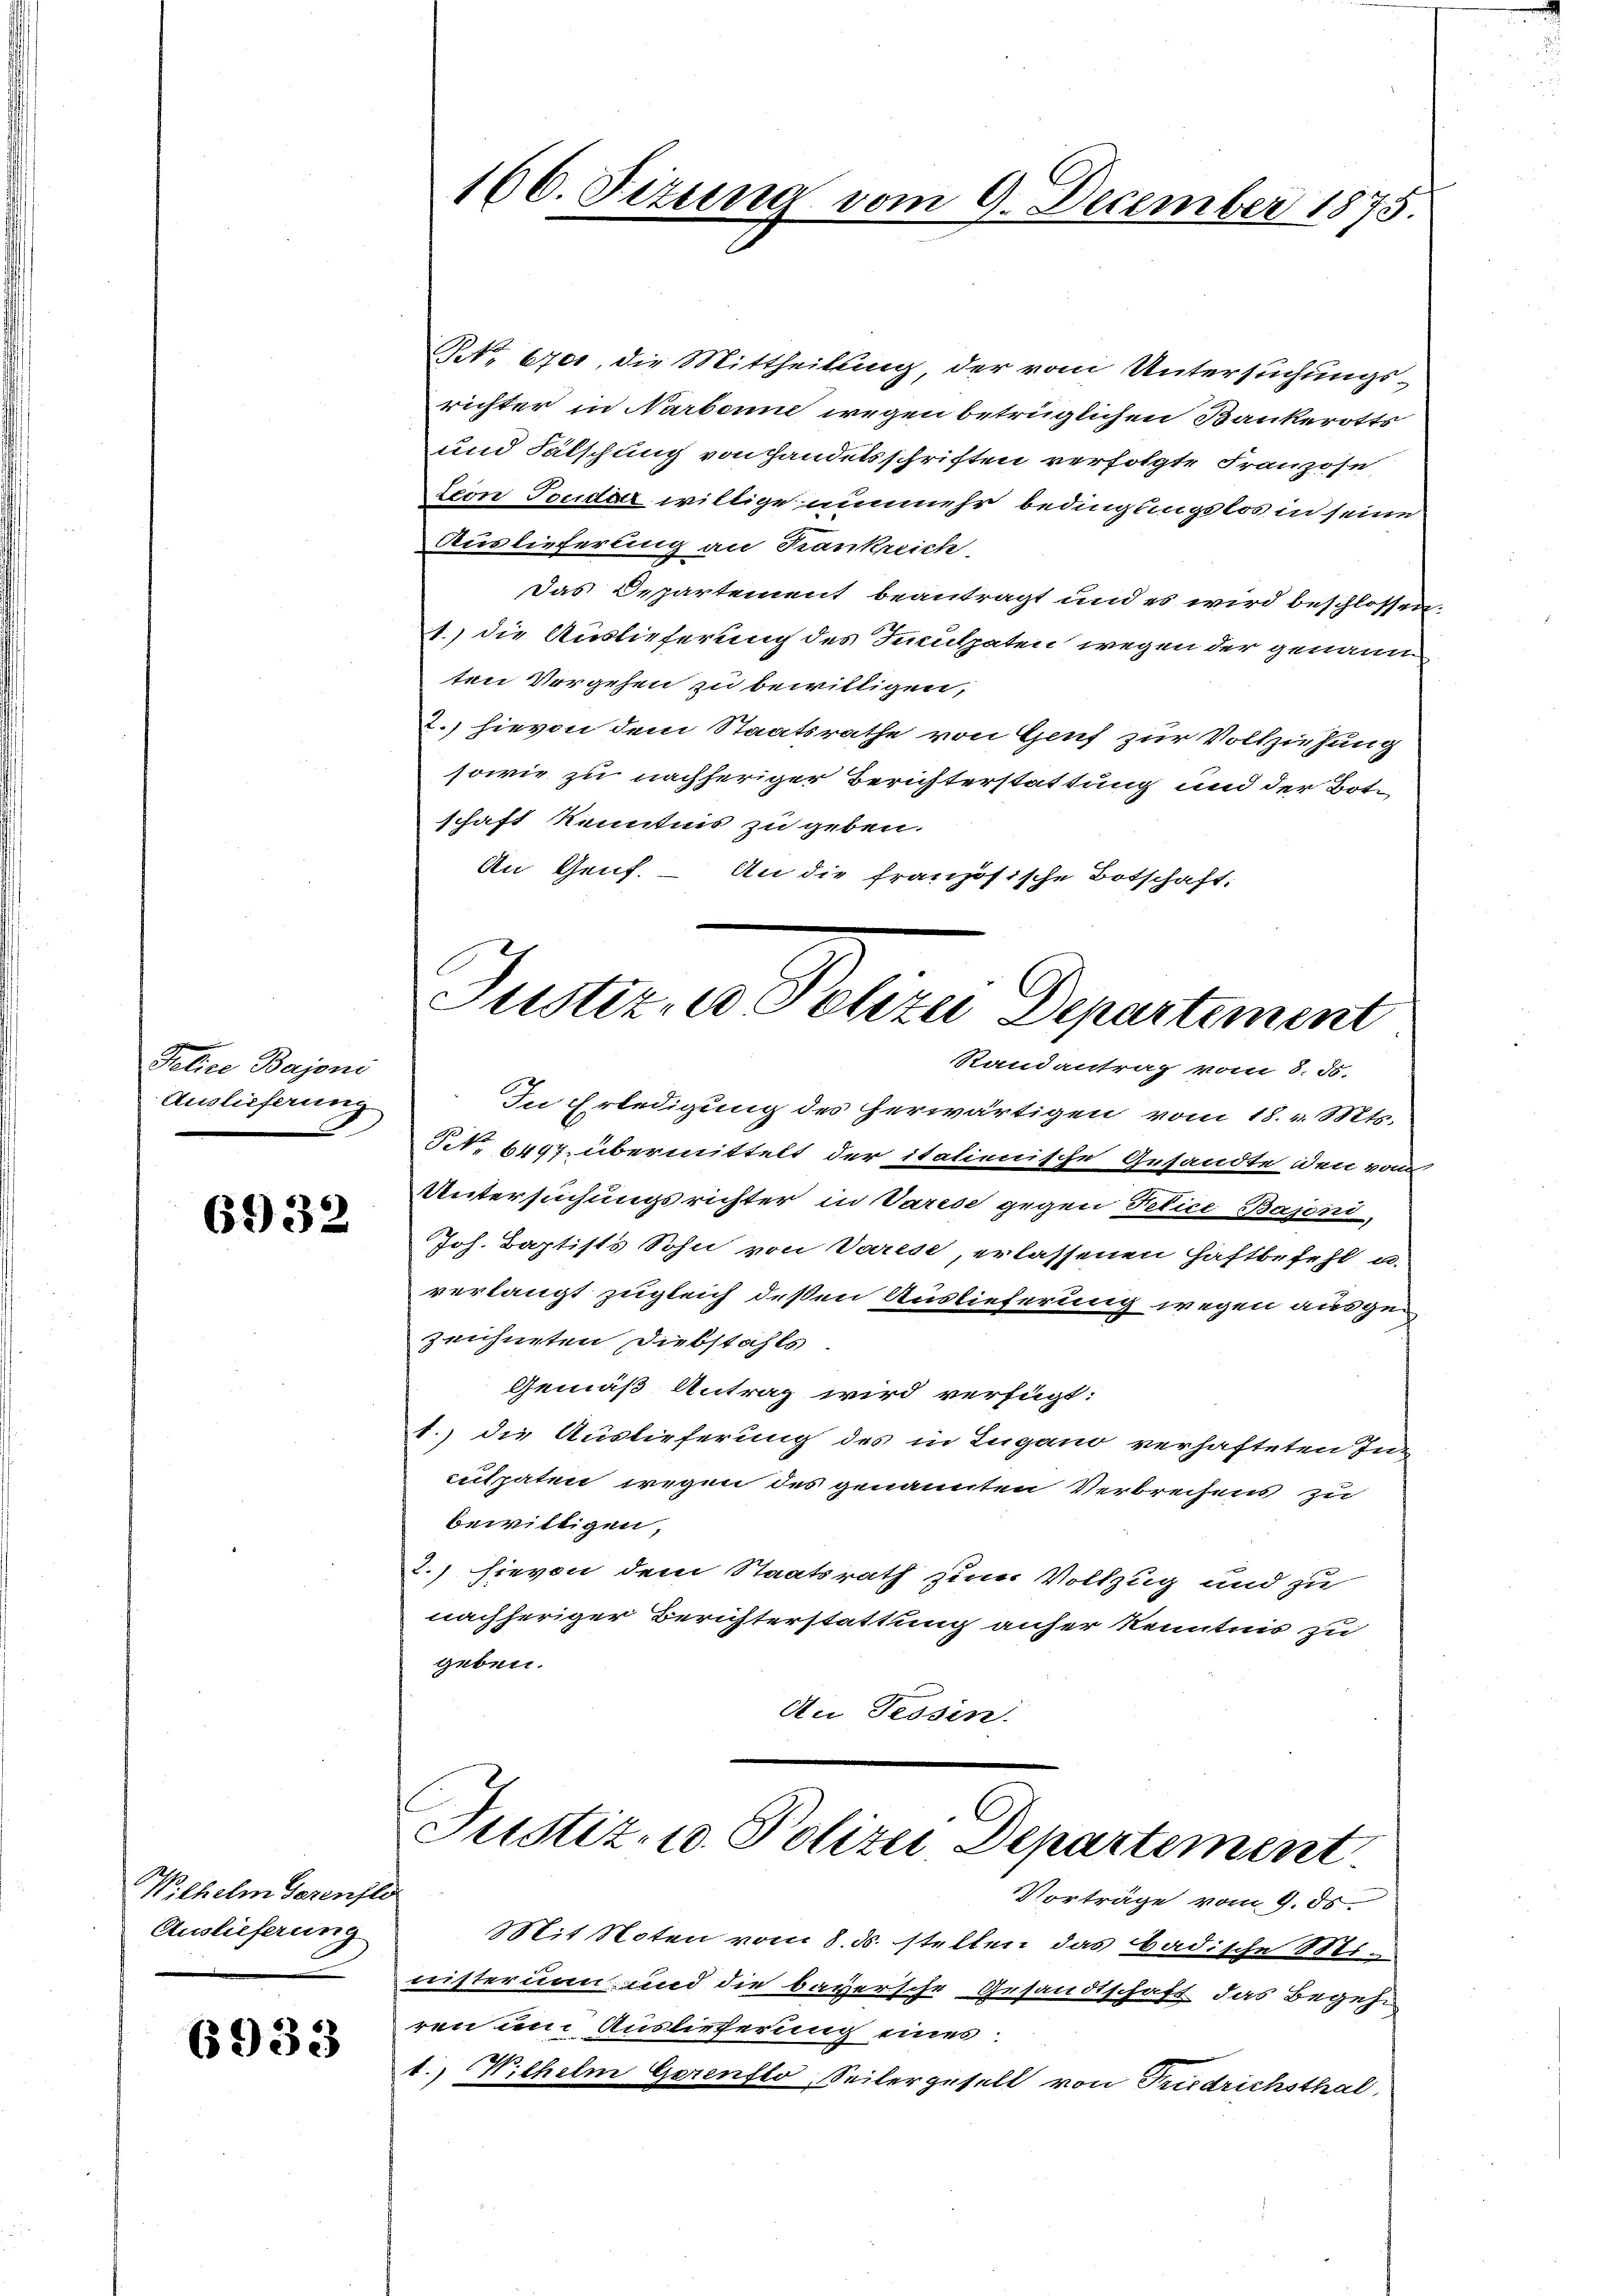
Police Bajoni
Auslieferung
d

6932

Wilhelm Serenfli
Auslieferung

6933

166. Sizung vom 9. December 1875.

Art. 670, die Mittheilung, der vom Untersuchungs-
richter in Narbeine wegen betrüglichen Bankerotts
und Fälschung von Handelsschriften verfolgte Franzose
teon Tonder willige nunmehr bedingungslos in seine
Auslieferung an Krankreich,
Das Departement beantragt und es wird beschlossen,
1.) die Auslieferung des Inculpaten wegen der genann
ten Vorgehen zu bewilligen,
2.) hievon dem Staatsrathe von Genf zur Vollziehung
sowie zu nachheriger Berichterstattung und der Bote
schaft Kenntnis zu geben.
An Genf. – An die französische Botschaft:

Justiz, Polizei Departement
Randantrag vom 8. ds.

In Erledigung des herwärtigen vom 18. v. Mts.
N. 6497, übermittelt der italienische Gesandte den von
Untersuchungsrichter in Varese gegen Petice Bajoni,
Joh. Baptists Sohn von Varese erlassenen Haftbefehl u.
verlangt zugleich deßen Auslieferung wegen ausgezeichneten Diebstahls
Gemäß Antrag wird verfügt:
1.) die Auslieferung des in Lugano verhafteten Inenspaten wegen des genannten Verbrechens zu
bewilligen,
2.) hievon dem Staatsrath zum Vollzug und zu
nachheriger Berichterstattung anher Kenntnis zu
geben.
An Tessin.
Justiz- u. Polizei Departement
6
Vorträge vom 9. ds
Mit Noten vom 8. ds. stellen das badische Mei-
nisteruan und die bayersche Gesandtschaft das Begehr
ren und Auslieferung eines
1.) Wilhelm Garensto, Seitergesell von Friedrichsthal,